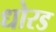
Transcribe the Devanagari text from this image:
धोरड